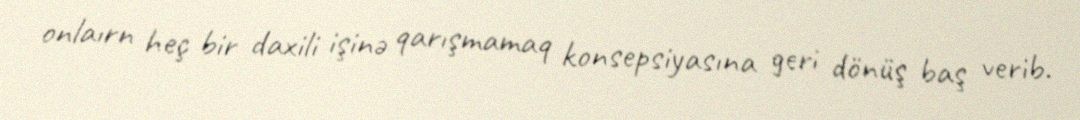
onlaırn heç bir daxili işinə qarışmamaq konsepsiyasına geri dönüş baş verib.